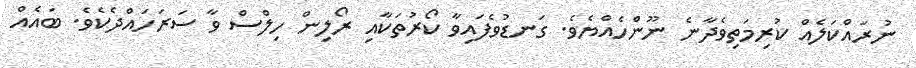
ނުރައްކަލެއް ކުރިމަތިވެދާނެ ނޫންހެއްޔެވެ. ގަނޑުވެފައިވާ ކޯރުތަކާއި ރޯލިން ހިލްސް ވާ ސަރަހައްދެކެވެ. ބައެއް